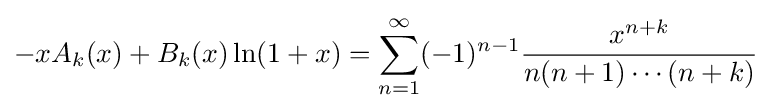
-xA_{k}(x)+B_{k}(x)\ln(1+x)=\sum _{n=1}^{\infty }(-1)^{n-1}{\frac {x^{n+k}}{n(n+1)\cdots (n+k)}}